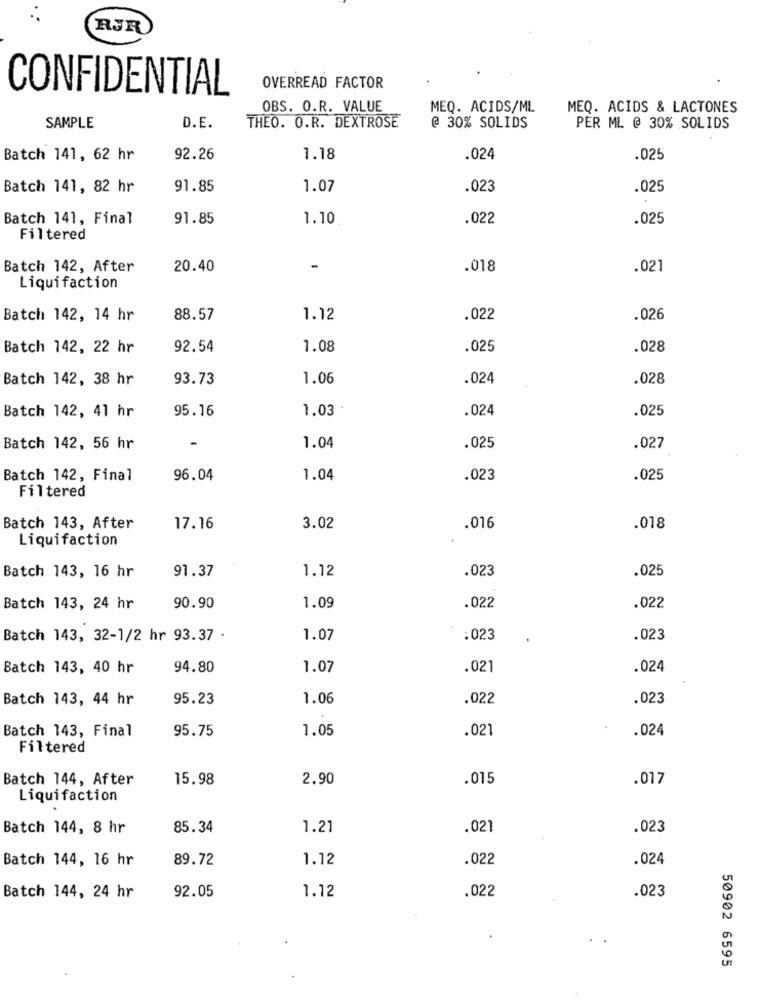
RJR
CONFIDENTIAL
OVERREAD FACTOR
OBS. O.R. VALUE
MEQ. ACIDS/ML
MEQ. ACIDS & LACTONES
@ 30% SOLIDS
SAMPLE
D.E.
THEO. O.R. DEXTROSE
PER ML @ 30% SOLIDS
Batch 141, 62 hr
92.26
1.18
.024
.025
Batch 141, 82 hr
91.85
1.07
.023
.025
Batch 141, Final
91.85
1.10
.022
.025
Filtered
Batch 142, After
20.40
-
.018
.021
Liquifaction
Batch 142, 14 hr
88.57
1.12
.022
.026
Batch 142, 22 hr
92.54
1.08
.025
.028
Batch 142, 38 hr
93.73
1.06
.024
.028
Batch 142, 41 hr
95.16
1.03
.024
.025
Batch 142, 56 hr
1.04
.025
.027
Batch 142, Final
96.04
1.04
.023
.025
Filtered
Batch 143, After
17.16
3.02
.016
.018
Liquifaction
Batch 143, 16 hr
91.37
1.12
.023
.025
Batch 143, 24 hr
90.90
1.09
.022
.022
Batch 143, 32-1/2 hr 93.37 .
1.07
:023
.023
Batch 143, 40 hr
94.80
1.07
.021
.024
Batch 143, 44 hr
95.23
1.06
.022
.023
95.75
1.05
.021
.024
Batch 143, Final
Filtered
Batch 144, After
15.98
2.90
.015
.017
Liquifaction
Batch 144, 8 hr
85.34
1.21
.021
.023
Batch 144, 16 hr
89.72
1.12
.022
.024
92.05
1.12
.022
.023
Batch 144, 24 hr
50902 6595